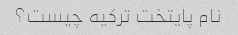
نام پایتخت ترکیه چیست؟